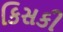
કિસકી